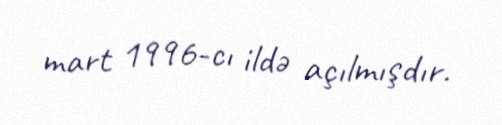
mart 1996-cı ildə açılmışdır.